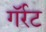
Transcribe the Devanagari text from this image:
गॅर्रट